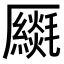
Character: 𠫈